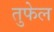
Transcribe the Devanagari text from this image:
तुफेल